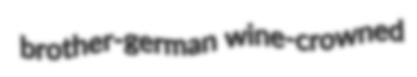
brother-german wine-crowned